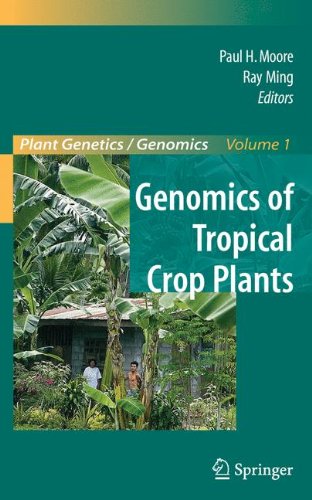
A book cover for Genomics of Tropical Crop Plants (Plant Genetics and Genomics: Crops and Models); Science & Math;